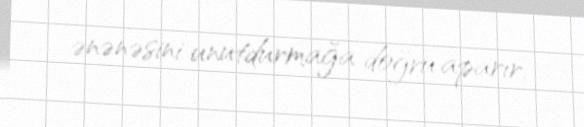
ənənəsini unutdurmağa doğru aparır.